Report on leprosy in the North-Western Provinces
Disease focus: Leprosy
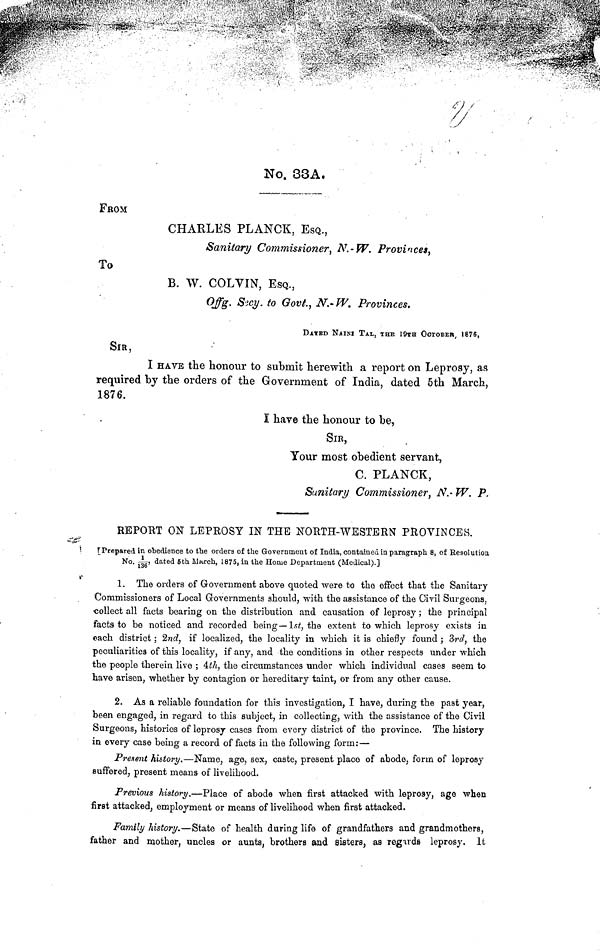
No. 33A.
FROM
CHARLES PLANCK, ESQ.,
Sanitary Commissioner, N.-W. Provinces,
To
B. W. COLVIN, ESQ.,
Offg. Secy. to Govt., N.- W. Provinces.
DATED NAINI TAL, THE 19TH OCTOBER 1876,
SIR,
I HAVE the honour to submit herewith a report on Leprosy, as
required by the orders of the Government of India, dated 5th March,
1876.
I have the honour to be,
SIR,
Your most obedient servant,
C. PLANCK,
Sanitary Commissioner, N.- W. P.
REPORT ON LEPROSY IN THE NORTH-WESTERN PROVINCES.
Prepared in obedience to the orders of the Government of India, contained in paragraph 8, of Resolution
No. 1/136, dated 5th March, 1875, in the Home Department (Medical).]
1. The orders of Government above quoted were to the effect that the Sanitary
Commissioners of Local Governments should, with the assistance of the Civil Surgeons,
collect all facts bearing on the distribution and causation of leprosy; the principal
facts to be noticed and recorded being— 1st, the extent to which leprosy exists in
each district; 2nd, if localized, the locality in which it is chiefly found; 3rd, the
peculiarities of this locality, if any, and the conditions in other respects under which
the people therein live ; 4th, the circumstances under which individual cases seem to
have arisen, whether by contagion or hereditary taint, or from any other cause.
2. As a reliable foundation for this investigation, I have, during the past year,
been engaged, in regard to this subject, in collecting, with the assistance of the Civil
Surgeons, histories of leprosy cases from every district of the province. The history
in every case being a record of facts in the following form;—
Present history. Name, age, sex, caste, present place of abode, form of leprosy
suffered, present means of livelihood.
Previous history. Place of abode when first attacked with leprosy, age when
first attacked, employment or means of livelihood when first attacked.
Family history.—State of health during life of grandfathers and grandmothers,
father and mother, uncles or aunts, brothers and sisters, as regards leprosy. It